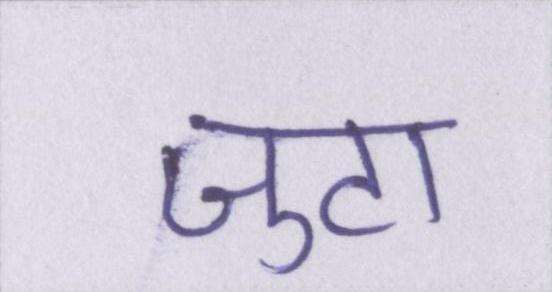
जुटा